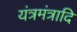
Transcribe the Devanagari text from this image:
यंत्रमंत्रादि